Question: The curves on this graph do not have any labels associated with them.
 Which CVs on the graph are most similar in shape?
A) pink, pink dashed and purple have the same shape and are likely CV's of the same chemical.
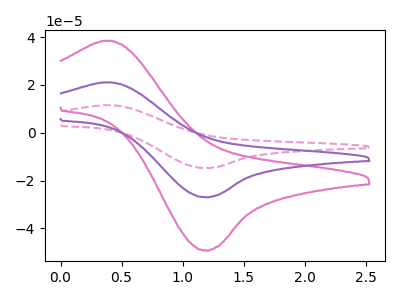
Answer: <think>The pink curve "pink" has an anodic peak at (0.40V, 38.45uA) and a cathodic peak at (1.20V, -49.20uA). The pink dashed curve "pink dashed" has an anodic peak at (0.40V, 42.15uA) and a cathodic peak at (1.20V, -53.85uA). The purple curve "purple" has an anodic peak at (0.40V, 21.05uA) and a cathodic peak at (1.20V, -26.95uA).
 All the peaks in "pink" have a peak in "pink dashed" at the same potential. Every peak in "pink" is lower than every peak in "pink dashed". All the peaks in "pink" have a peak in "purple" at the same potential. Every peak in "pink" is higher than every peak in "purple". All the peaks in "pink dashed" have a peak in "purple" at the same potential. Every peak in "pink dashed" is higher than every peak in "purple".</think>
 <answer>A) "pink", "pink dashed" and "purple" have the same shape and are likely CV's of the same chemical.</answer>
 <eval>A</eval>